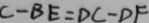
C - B E = D C - D F